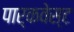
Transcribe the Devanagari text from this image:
पार्कवेस्ट